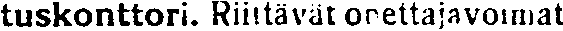
tuskonttori. Riittävät opettajavoimat